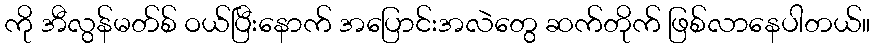
ကို အီလွန်မတ်စ် ဝယ်ပြီးနောက် အပြောင်းအလဲတွေ ဆက်တိုက် ဖြစ်လာနေပါတယ်။